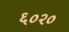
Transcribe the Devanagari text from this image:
६०२०